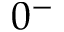
0 ^ { - }